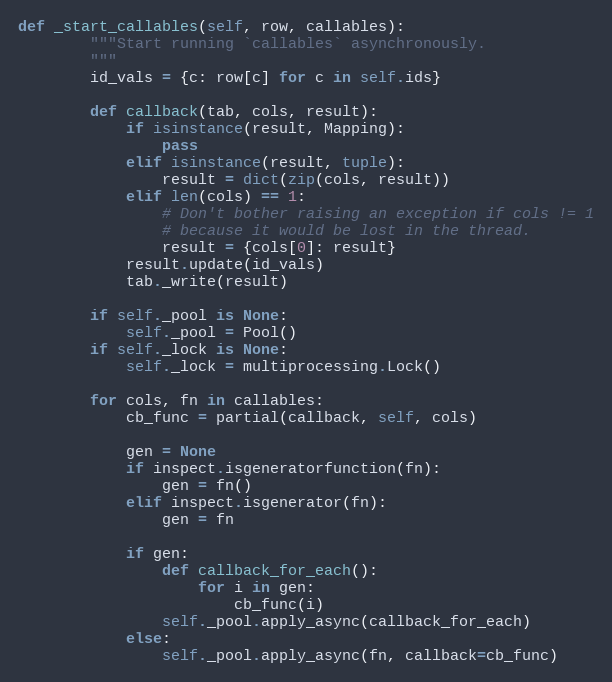
Language: Python
def _start_callables(self, row, callables):
        """Start running `callables` asynchronously.
        """
        id_vals = {c: row[c] for c in self.ids}

        def callback(tab, cols, result):
            if isinstance(result, Mapping):
                pass
            elif isinstance(result, tuple):
                result = dict(zip(cols, result))
            elif len(cols) == 1:
                # Don't bother raising an exception if cols != 1
                # because it would be lost in the thread.
                result = {cols[0]: result}
            result.update(id_vals)
            tab._write(result)

        if self._pool is None:
            self._pool = Pool()
        if self._lock is None:
            self._lock = multiprocessing.Lock()

        for cols, fn in callables:
            cb_func = partial(callback, self, cols)

            gen = None
            if inspect.isgeneratorfunction(fn):
                gen = fn()
            elif inspect.isgenerator(fn):
                gen = fn

            if gen:
                def callback_for_each():
                    for i in gen:
                        cb_func(i)
                self._pool.apply_async(callback_for_each)
            else:
                self._pool.apply_async(fn, callback=cb_func)